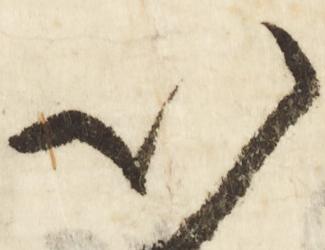
以